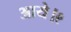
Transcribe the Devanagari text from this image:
आये।९